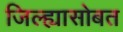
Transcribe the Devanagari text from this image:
जिल्ह्यासोबत